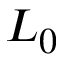
L _ { 0 }